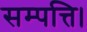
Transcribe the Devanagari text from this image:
सम्पत्ति।